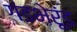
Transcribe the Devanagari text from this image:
गंडभेरूंड